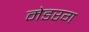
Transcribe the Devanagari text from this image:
मेडरग